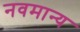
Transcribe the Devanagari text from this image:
नवमान्य